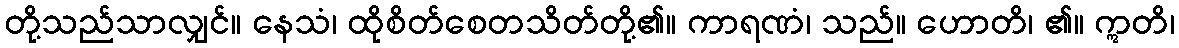
တို့သည်သာလျှင်။ နေသံ၊ ထိုစိတ်စေတသိတ်တို့၏။ ကာရဏံ၊ သည်။ ဟောတိ၊ ၏။ ဣတိ၊